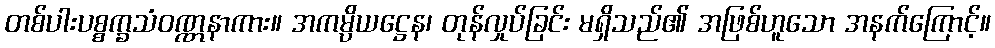
တစ်ပါးပစ္စက္ခသံဝဏ္ဏနာကား။ အကမ္ပိယဋ္ဌေန၊ တုန်လှုပ်ခြင်း မရှိသည်၏ အဖြစ်ဟူသော အနက်ကြောင့်။